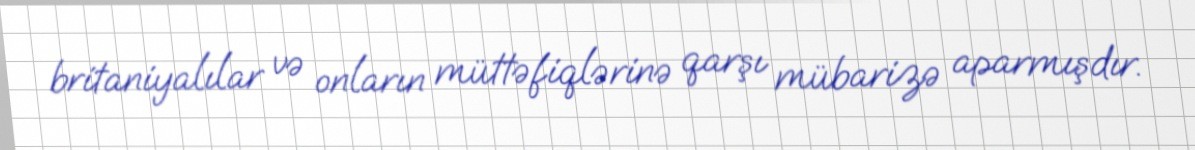
britaniyalılar və onların müttəfiqlərinə qarşı mübarizə aparmışdır.